Report on the working of the Ranchi Indian Mental Hospital, Kanke, in Bihar and Orissa - 1930-1940
Year: 1930
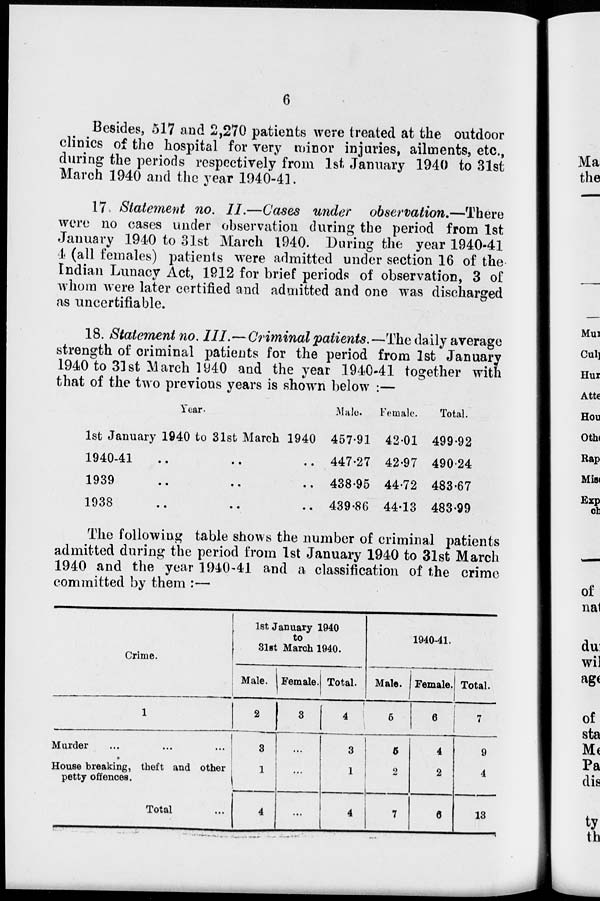
6
Besides, 517 and 2,270 patients were treated at the outdoor
clinics of the hospital for very minor injuries, ailments, etc.,
during the periods respectively from 1st January 1940 to 31st
March 1940 and the year 1940-41.
17 . Statement no. II.—Cases under observation.—There
were no cases under observation during the period from 1st
January 1940 to 31st March 1940. During the year 1940-41
4 (all females) patients were admitted under section 16 of the
Indian Lunacy Act, 1912 for brief periods of observation, 3 of
whom were later certified and admitted and one was discharged
as uncertifiable.
18. Statement no. III.—Criminal patients.— The daily average
strength of criminal patients for the period from 1st January
1940 to 31 st March 1940 and the year 1940-41 together with
that of the two previous years is shown below :—
Year.
1st January 1940 to 31st March 1940
1940-41
..
..
..
1939
..
..
..
1938
..
..
..
Male.
457.91
447.27
438.95
439.86
Female.
42.01
42.97
44.72
44.13
Total.
499.92
490.24
483.67
483.99
The following table shows the number of criminal patients
admitted during the period from 1st January 1940 to 31st March
1940 and the year 1940-41 and a classification of the crime
committed by them :—
Crime.
1
Murder ... ... ...
House breaking, theft and other
petty offences.
Total ...
1st January 1940
to
31st March 1940.
Male.
2
3
1
4
Female.
3
...
...
...
Total.
4
3
1
4
1940-41.
Male.
5
5
2
7
Female.
6
4
2
6
Total.
7
9
4
13